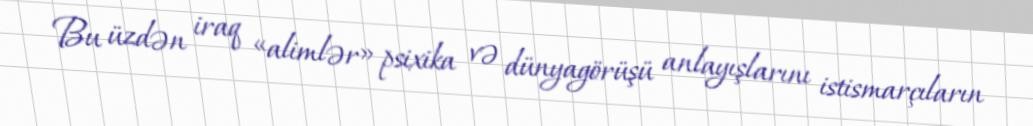
Bu üzdən iraq «alimlər» psixika və dünyagörüşü anlayışlarını istismarçıların